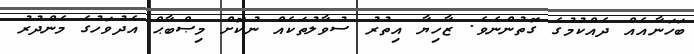
ބަހަނާއެއް ދެއްކުމުގެ ގޮތުންނެވެ. ޒާހިޔާ އިތުރު ސުވާލުތަކެއް ނުކޮށް މިޞްބާޙް އެދުވަހުގެ މެންދުރު